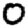
Digit: 0